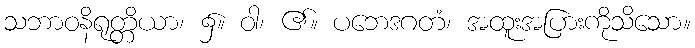
သဘာဝနိရုတ္တိယာ၊ ၌။ ဝါ၊ ၏။ ပဘေဒဂတံ၊ အထူးအပြားကိုသိသော။